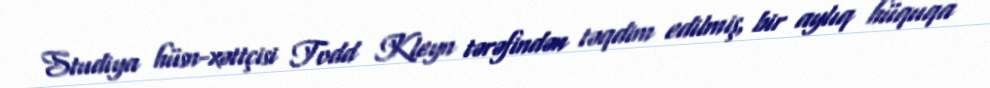
Studiya hüsn-xəttçisi Todd Kleyn tərəfindən təqdim edilmiş, bir aylıq hüquqa